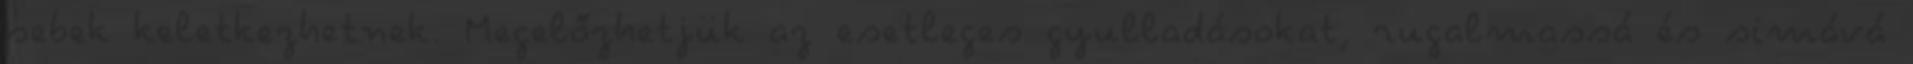
sebek keletkezhetnek. Megelőzhetjük az esetleges gyulladásokat, rugalmassá és simává